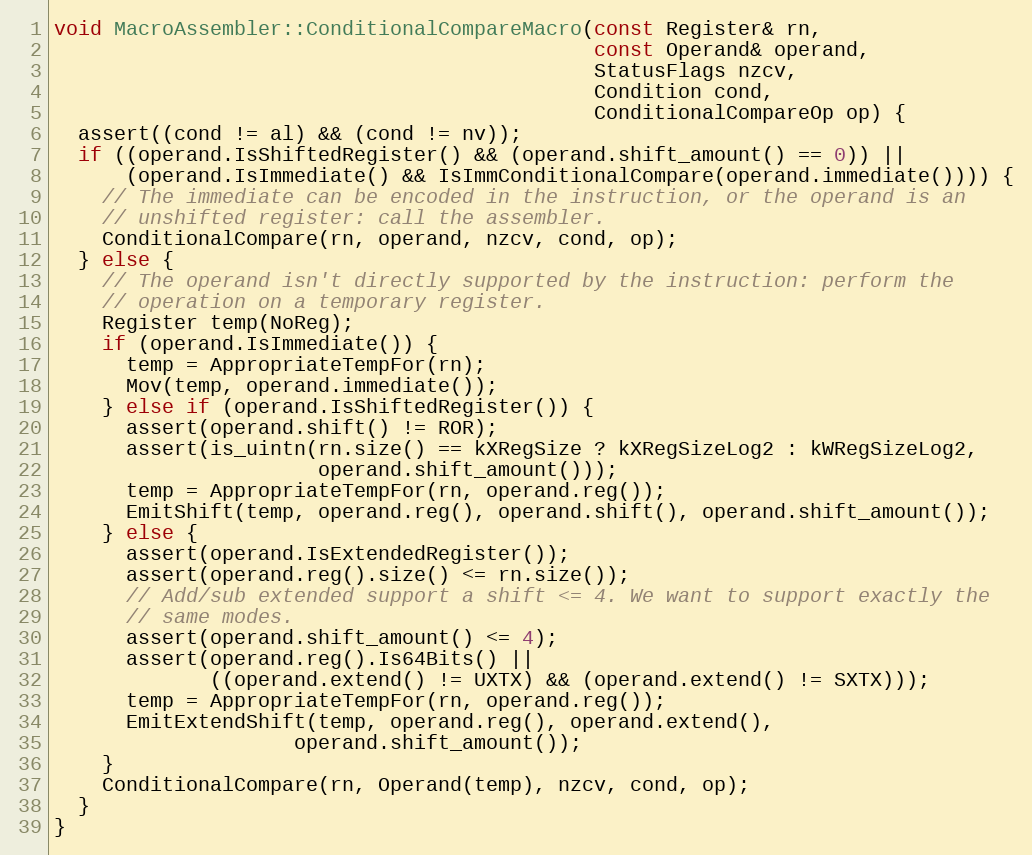
Language: C++
void MacroAssembler::ConditionalCompareMacro(const Register& rn,
                                             const Operand& operand,
                                             StatusFlags nzcv,
                                             Condition cond,
                                             ConditionalCompareOp op) {
  assert((cond != al) && (cond != nv));
  if ((operand.IsShiftedRegister() && (operand.shift_amount() == 0)) ||
      (operand.IsImmediate() && IsImmConditionalCompare(operand.immediate()))) {
    // The immediate can be encoded in the instruction, or the operand is an
    // unshifted register: call the assembler.
    ConditionalCompare(rn, operand, nzcv, cond, op);
  } else {
    // The operand isn't directly supported by the instruction: perform the
    // operation on a temporary register.
    Register temp(NoReg);
    if (operand.IsImmediate()) {
      temp = AppropriateTempFor(rn);
      Mov(temp, operand.immediate());
    } else if (operand.IsShiftedRegister()) {
      assert(operand.shift() != ROR);
      assert(is_uintn(rn.size() == kXRegSize ? kXRegSizeLog2 : kWRegSizeLog2,
                      operand.shift_amount()));
      temp = AppropriateTempFor(rn, operand.reg());
      EmitShift(temp, operand.reg(), operand.shift(), operand.shift_amount());
    } else {
      assert(operand.IsExtendedRegister());
      assert(operand.reg().size() <= rn.size());
      // Add/sub extended support a shift <= 4. We want to support exactly the
      // same modes.
      assert(operand.shift_amount() <= 4);
      assert(operand.reg().Is64Bits() ||
             ((operand.extend() != UXTX) && (operand.extend() != SXTX)));
      temp = AppropriateTempFor(rn, operand.reg());
      EmitExtendShift(temp, operand.reg(), operand.extend(),
                    operand.shift_amount());
    }
    ConditionalCompare(rn, Operand(temp), nzcv, cond, op);
  }
}